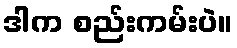
ဒါက စည်းကမ်းပဲ။